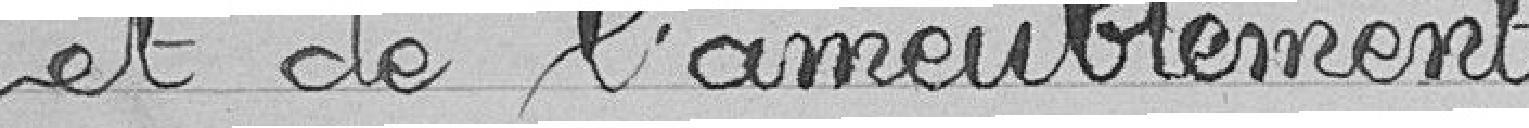
et de l'ameublement